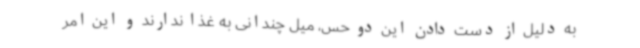
به دلیل از دست دادن این دو حس، میل چندانی به غذا ندارند و این امر